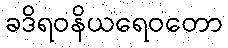
ခဒိရဝနိယရေဝတော